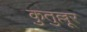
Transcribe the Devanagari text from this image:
कुतुल्लूर